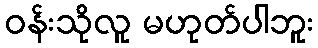
ဝန်းသိုလူ မဟုတ်ပါဘူး